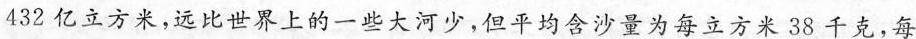
432亿立方米，远比世界上的一些大河少，但平均含沙量为每立方米38千克，每